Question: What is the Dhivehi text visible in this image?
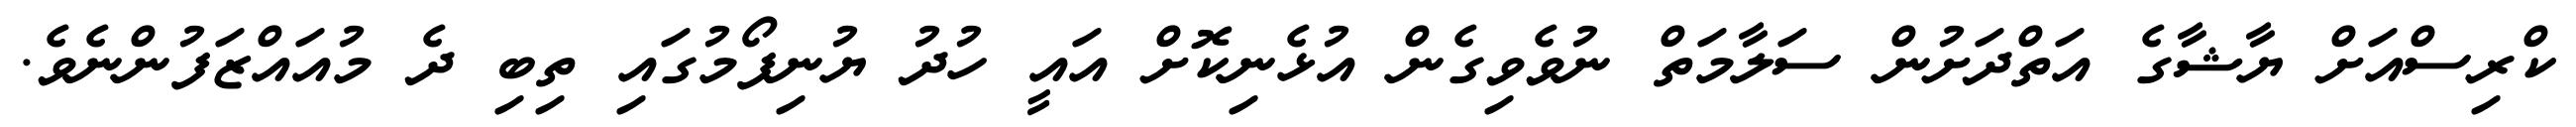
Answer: ކްރިސްއަށް ޔާޝާގެ އަތްދަށުން ސަލާމަތް ނުވެވިގެން އުޅެނިކޮށް އައީ ހުދު ޔުނިފޯމުގައި ތިބި ދެ މުއައްޒަފުންނެވެ.